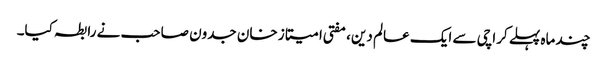
چند ماہ پہلے کراچی سے ایک عالم دین، مفتی امیتاز خان جدون صاحب نے رابطہ کیا۔